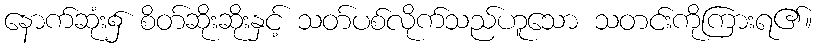
နောက်ဆုံး၌ စိတ်ဆိုးဆိုးနှင့် သတ်ပစ်လိုက်သည်ဟူသော သတင်းကိုကြားရ၏။